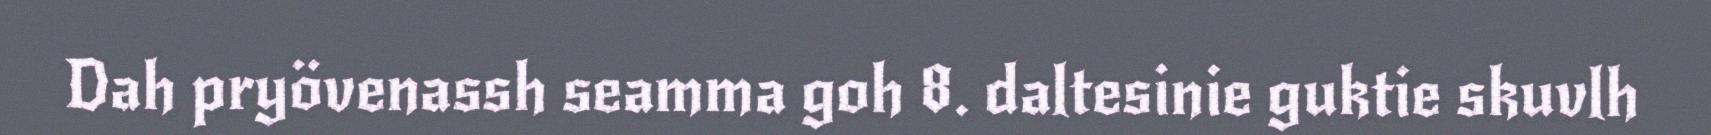
Dah pryövenassh seamma goh 8. daltesinie guktie skuvlh